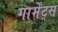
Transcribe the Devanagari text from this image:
गार्मेंट्स